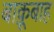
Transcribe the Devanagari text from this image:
बाक़ूबाह